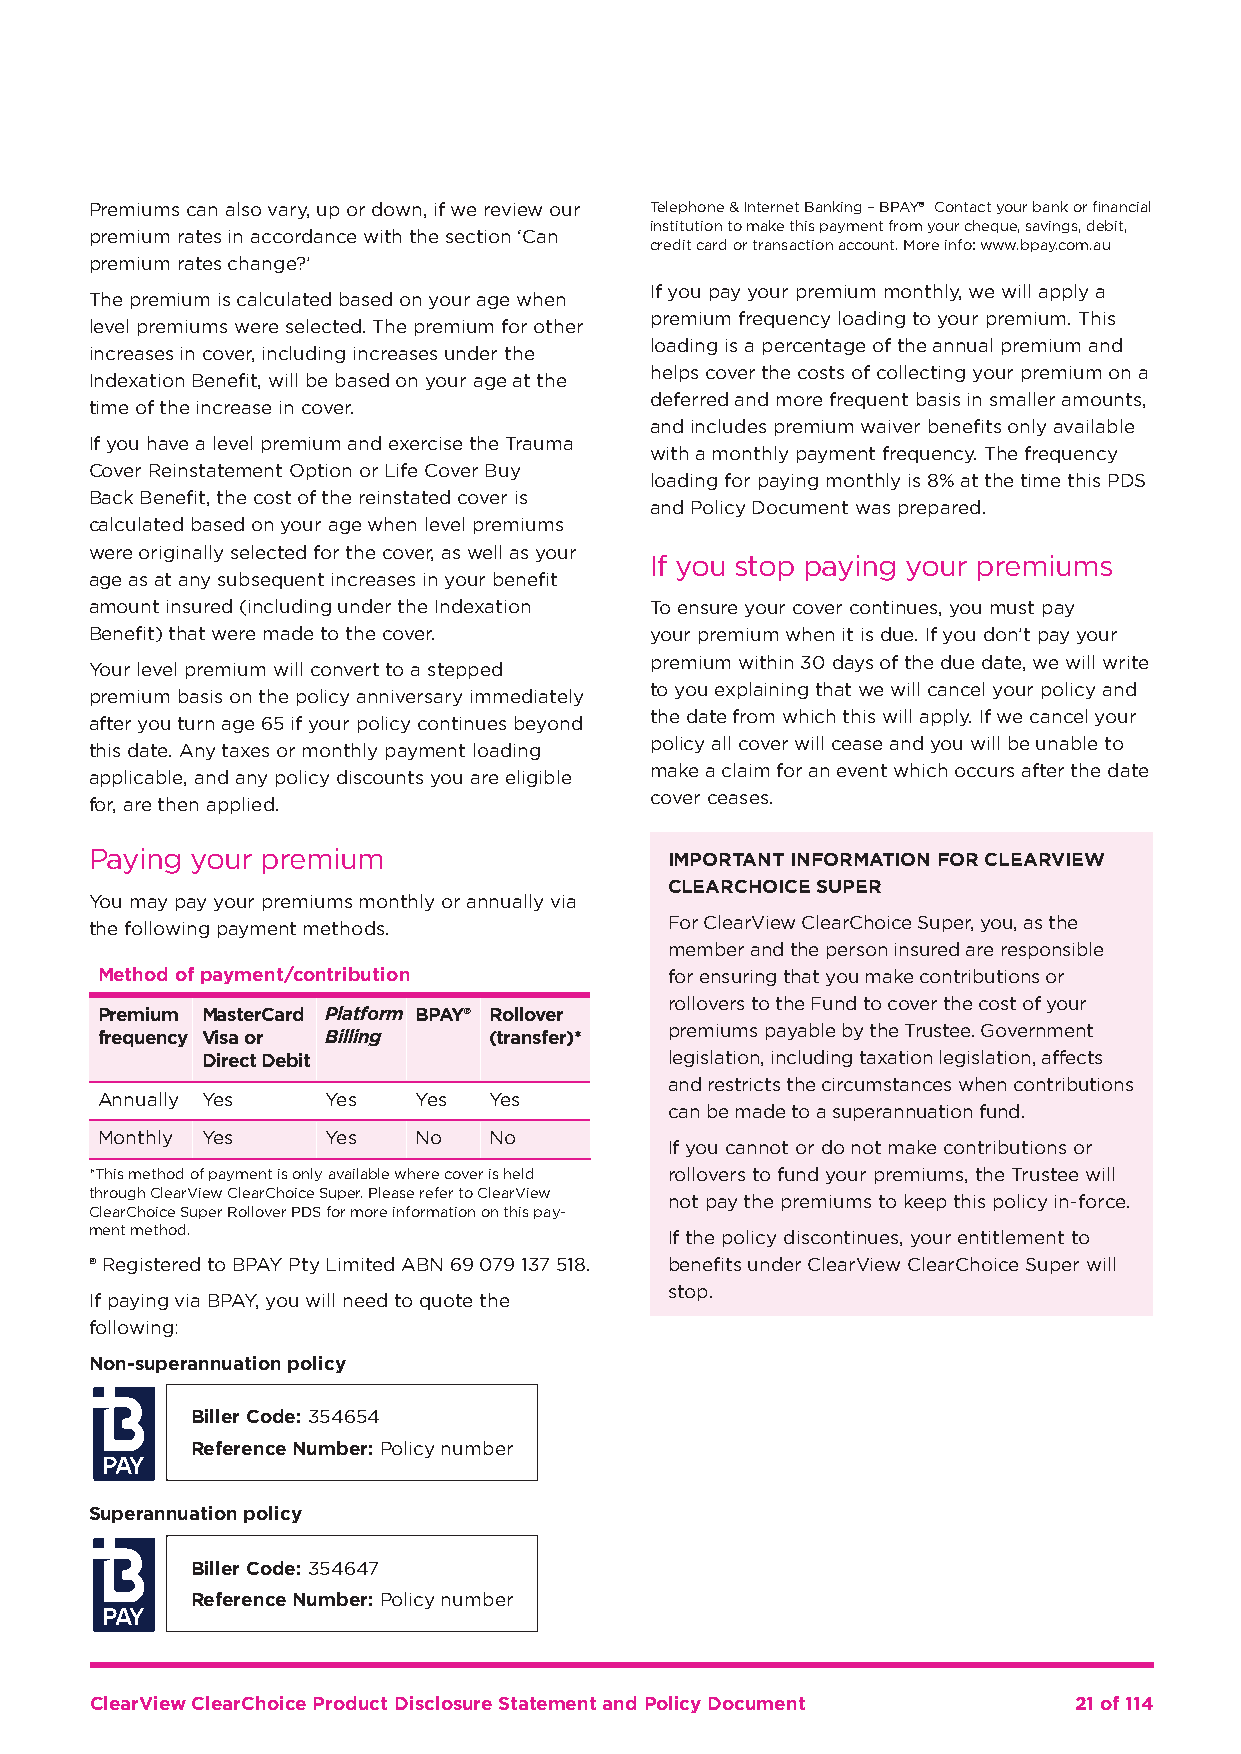
Premiums can also vary, up or down, if we review our Telephone & Internet Banking – BPAY® Contact your bank or financial
 institution to make this payment from your cheque, savings, debit,
 premium rates in accordance with the section ‘Can
 credit card or transaction account. More info: www.bpay.com.au
 premium rates change?’
 If you pay your premium monthly, we will apply a
 The premium is calculated based on your age when
 premium frequency loading to your premium. This
 level premiums were selected. The premium for other
 loading is a percentage of the annual premium and
 increases in cover, including increases under the
 helps cover the costs of collecting your premium on a
 Indexation Benefit, will be based on your age at the
 deferred and more frequent basis in smaller amounts,
 time of the increase in cover.
 and includes premium waiver benefits only available
 If you have a level premium and exercise the Trauma
 with a monthly payment frequency. The frequency
 Cover Reinstatement Option or Life Cover Buy
 loading for paying monthly is 8% at the time this PDS
 Back Benefit, the cost of the reinstated cover is
 and Policy Document was prepared.
 calculated based on your age when level premiums
 were originally selected for the cover, as well as your
 If you stop paying your premiums
 age as at any subsequent increases in your benefit
 amount insured (including under the Indexation To ensure your cover continues, you must pay
 Benefit) that were made to the cover. your premium when it is due. If you don’t pay your
 premium within 30 days of the due date, we will write
 Your level premium will convert to a stepped
 to you explaining that we will cancel your policy and
 premium basis on the policy anniversary immediately
 the date from which this will apply. If we cancel your
 after you turn age 65 if your policy continues beyond
 policy all cover will cease and you will be unable to
 this date. Any taxes or monthly payment loading
 make a claim for an event which occurs after the date
 applicable, and any policy discounts you are eligible
 cover ceases.
 for, are then applied.
 Paying your premium                   IMPORTANT INFORMATION FOR CLEARVIEW
 CLEARCHOICE SUPER
 You may pay your premiums monthly or annually via
 For ClearView ClearChoice Super, you, as the
 the following payment methods.
 member and the person insured are responsible
 Method of payment/contribution        for ensuring that you make contributions or
 rollovers to the Fund to cover the cost of your
 Premium MasterCard Platform BPAY® Rollover
 frequency Visa or Billing (transfer)* premiums payable by the Trustee. Government
 Direct Debit                   legislation, including taxation legislation, affects
 and restricts the circumstances when contributions
 Annually Yes    Yes  Yes  Yes
 can be made to a superannuation fund.
 Monthly Yes     Yes  No   No
 If you cannot or do not make contributions or
 *This method of payment is only available where cover is held rollovers to fund your premiums, the Trustee will
 through ClearView ClearChoice Super. Please refer to ClearView
 not pay the premiums to keep this policy in-force.
 ClearChoice Super Rollover PDS for more information on this pay-
 ment method.                          If the policy discontinues, your entitlement to
 ® Registered to BPAY Pty Limited ABN 69 079 137 518. benefits under ClearView ClearChoice Super will
 stop.
 If paying via BPAY, you will need to quote the
 following:
 Non-superannuation policy
 Biller Code: 354654
 Reference Number: Policy number
 Superannuation policy
 Biller Code: 354647
 Reference Number: Policy number
 ClearView ClearChoice Product Disclosure Statement and Policy Document 21 of 114